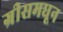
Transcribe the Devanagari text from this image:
ग्रीसमधून